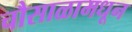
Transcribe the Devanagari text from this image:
चौसाळामधून